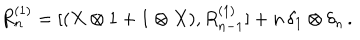
LaTeX: R _ { n } ^ { ( 1 ) } = [ ( X \otimes 1 + 1 \otimes X ) , R _ { n - 1 } ^ { ( 1 ) } ] + n \, \delta _ { 1 } \otimes \delta _ { n } \, .